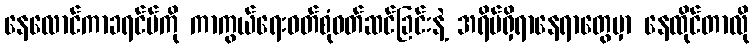
နေလောင်ကာခရင်မ်ကို ကာကွယ်ရေးဝတ်စုံဝတ်ဆင်ခြင်းနဲ့ အရိပ်ရှိရာနေရာတွေမှာ နေထိုင်တာလို